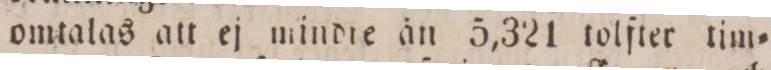
omtalas att ej mindie än 5,321 tolfter tim=